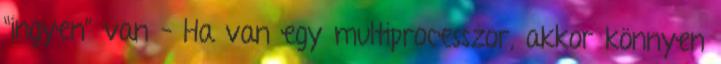
“ingyen” van – Ha van egy multiprocesszor, akkor könnyen